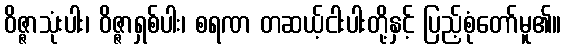
ဝိဇ္ဇာသုံးပါး၊ ဝိဇ္ဇာရှစ်ပါး၊ စရဏ တဆယ့်ငါးပါးတို့နှင့် ပြည့်စုံတော်မူ၏။